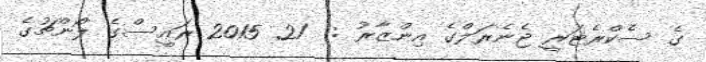
ގެ ސެކްރެޓަރީ ޖެނެރަލްގެ އިންޒާރު :  21